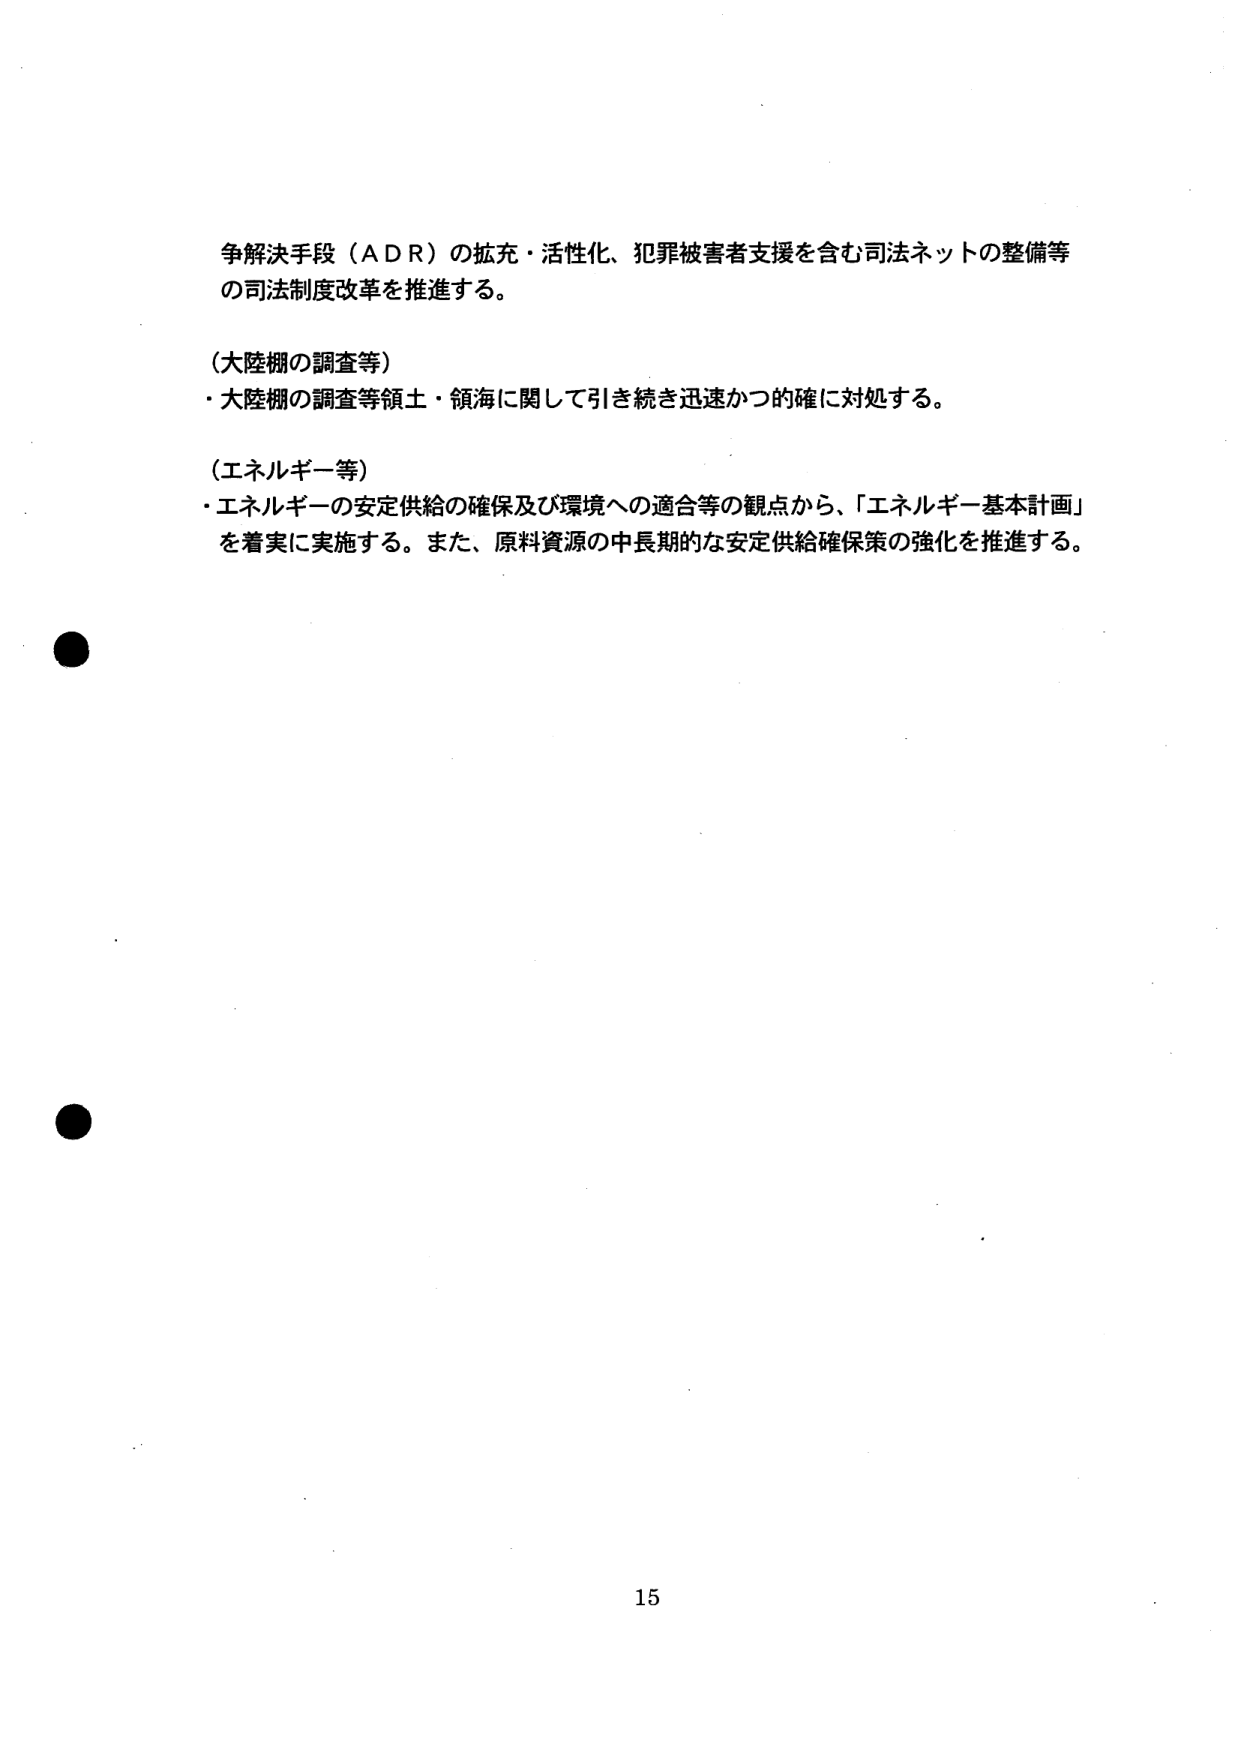
争解決手段（ＡＤＲ）の拡充・活性化、犯罪被害者支援を含む司法ネットの整備等
の司法制度改革を推進する。

（大陸棚の調査等）
・大陸棚の調査等領土・領海に関して引き続き迅速かつ的確に対処する。

（エネルギー等）
・エネルギーの安定供給の確保及び環境への適合等の観点から、「エネルギー基本計画」
を着実に実施する。また、原料資源の中長期的な安定供給確保策の強化を推進する。

15